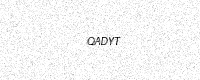
Text: QADYT